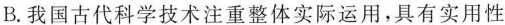
B.我国古代科学技术注重整体实际运用，具有实用性